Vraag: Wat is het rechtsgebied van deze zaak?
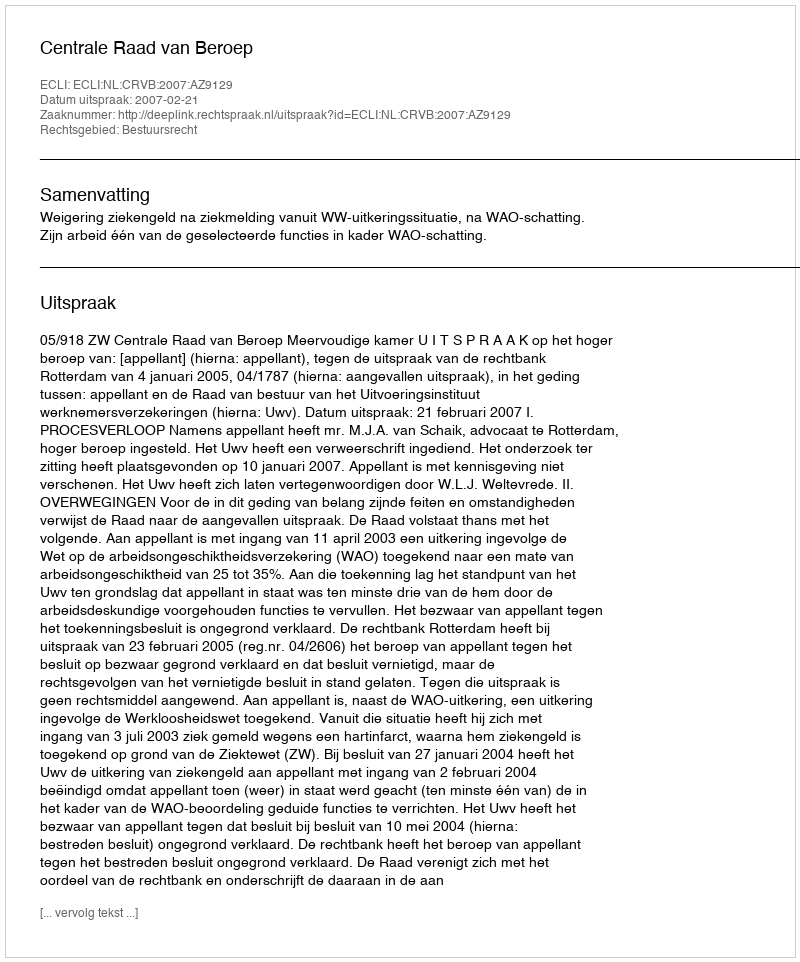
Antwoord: Bestuursrecht